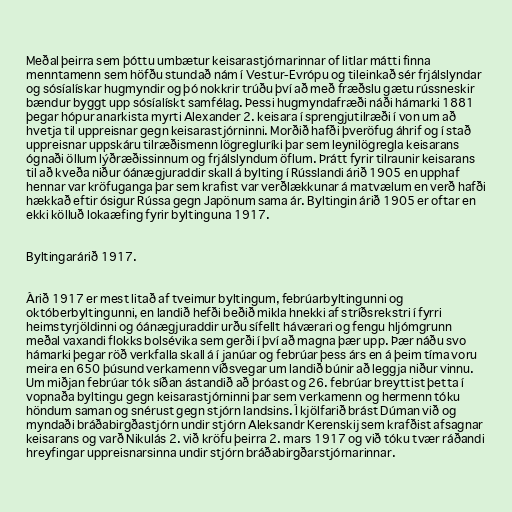
Meðal þeirra sem þóttu umbætur keisarastjórnarinnar of litlar mátti finna
menntamenn sem höfðu stundað nám í Vestur-Evrópu og tileinkað sér frjálslyndar
og sósíalískar hugmyndir og þó nokkrir trúðu því að með fræðslu gætu rússneskir
bændur byggt upp sósíalískt samfélag. Þessi hugmyndafræði náði hámarki 1881
þegar hópur anarkista myrti Alexander 2. keisara í sprengjutilræði í von um að
hvetja til uppreisnar gegn keisarastjórninni. Morðið hafði þveröfug áhrif og í stað
uppreisnar uppskáru tilræðismenn lögregluríki þar sem leynilögregla keisarans
ógnaði öllum lýðræðissinnum og frjálslyndum öflum. Þrátt fyrir tilraunir keisarans
til að kveða niður óánægjuraddir skall á bylting í Rússlandi árið 1905 en upphaf
hennar var kröfuganga þar sem krafist var verðlækkunar á matvælum en verð hafði
hækkað eftir ósigur Rússa gegn Japönum sama ár. Byltingin árið 1905 er oftar en
ekki kölluð lokaæfing fyrir byltinguna 1917.

Byltingarárið 1917.

Árið 1917 er mest litað af tveimur byltingum, febrúarbyltingunni og
októberbyltingunni, en landið hefði beðið mikla hnekki af stríðsrekstri í fyrri
heimstyrjöldinni og óánægjuraddir urðu sífellt háværari og fengu hljómgrunn
meðal vaxandi flokks bolsévika sem gerði í því að magna þær upp. Þær náðu svo
hámarki þegar röð verkfalla skall á í janúar og febrúar þess árs en á þeim tíma voru
meira en 650 þúsund verkamenn víðsvegar um landið búnir að leggja niður vinnu.
Um miðjan febrúar tók síðan ástandið að þróast og 26. febrúar breyttist þetta í
vopnaða byltingu gegn keisarastjórninni þar sem verkamenn og hermenn tóku
höndum saman og snérust gegn stjórn landsins. Í kjölfarið brást Dúman við og
myndaði bráðabirgðastjórn undir stjórn Aleksandr Kerenskij sem krafðist afsagnar
keisarans og varð Nikulás 2. við kröfu þeirra 2. mars 1917 og við tóku tvær ráðandi
hreyfingar uppreisnarsinna undir stjórn bráðabirgðarstjórnarinnar.